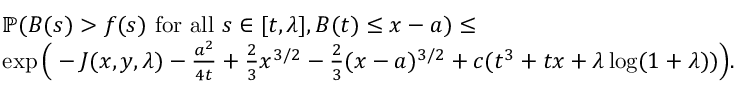
\begin{array} { r l } & { \mathbb { P } ( B ( s ) > f ( s ) \mathrm { ~ f o r ~ a l l ~ } s \in [ t , \lambda ] , B ( t ) \le x - a ) \le } \\ & { \exp \Big ( - J ( x , y , \lambda ) - \frac { a ^ { 2 } } { 4 t } + \frac { 2 } { 3 } x ^ { 3 / 2 } - \frac { 2 } { 3 } ( x - a ) ^ { 3 / 2 } + c ( t ^ { 3 } + t x + \lambda \log ( 1 + \lambda ) ) \Big ) . } \end{array}